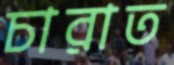
চারাত